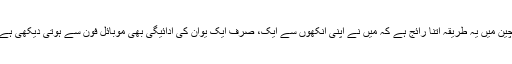
چین میں یہ طریقہ اتنا رائج ہے کہ میں نے اپنی آنکھوں سے ایک، صرف ایک یوآن کی ادائیگی بھی موبائل فون سے ہوتی دیکھی ہے۔